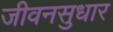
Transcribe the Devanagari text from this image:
जीवनसुधार